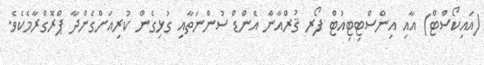
(އައިކޯސްޓް) އާއި އިންސްޓިޓިއުޓް ފޯރ ޤުރްއާން އެންޑް ސުންނަތާއި ގުޅިގެން ކުރިއަށްގެންދާ ޕްރޮގްރާމެކެވެ.